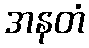
အနတံ